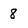
Character: 8